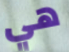
هي